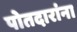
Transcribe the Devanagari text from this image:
पोतदारांना